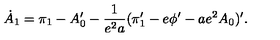
\dot { A } _ { 1 } = \pi _ { 1 } - A _ { 0 } ^ { \prime } - { \frac { 1 } { e ^ { 2 } a } } ( \pi _ { 1 } ^ { \prime } - e \phi ^ { \prime } - a e ^ { 2 } A _ { 0 } ) ^ { \prime } .